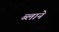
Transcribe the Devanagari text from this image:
ब्लाने